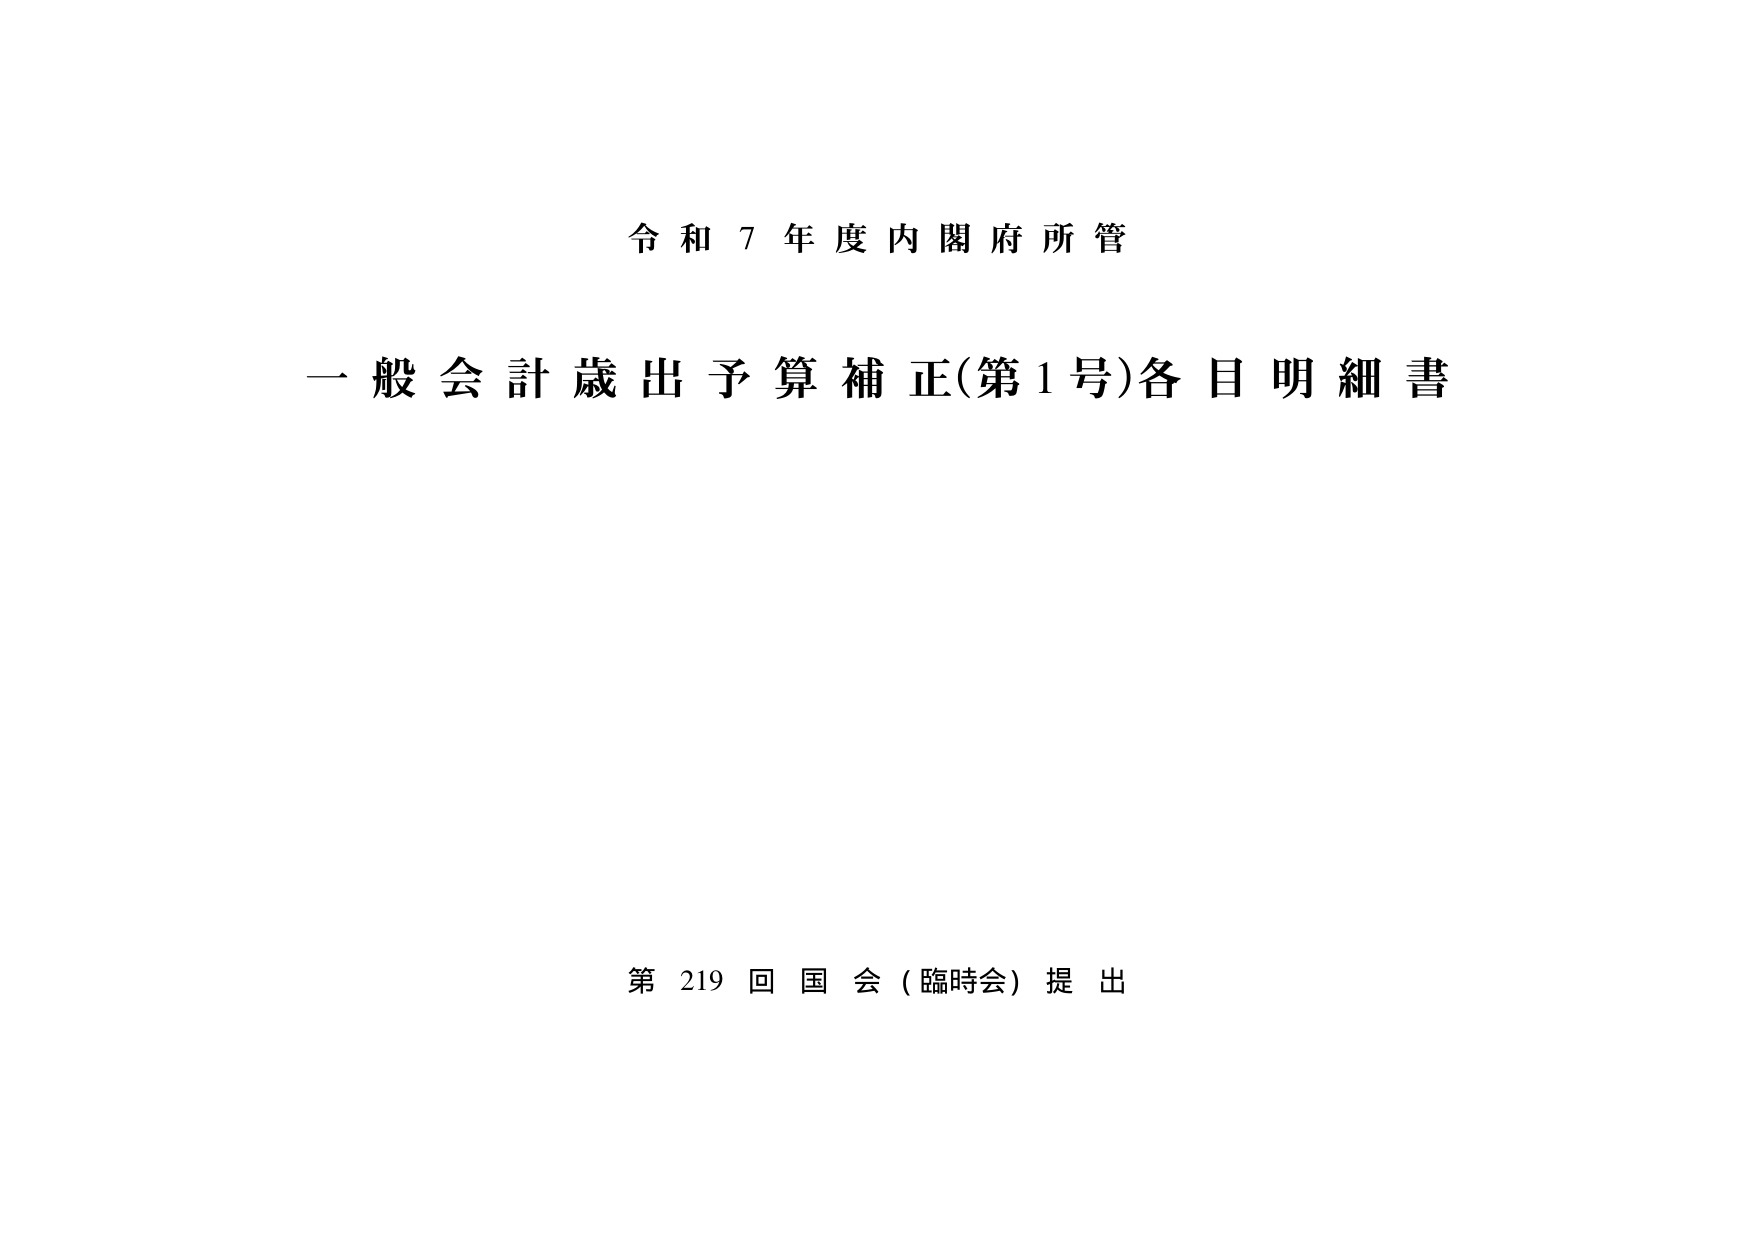
令和７年度内閣府所管
一般会計歳出予算補正(第1号)各目明細書
第219回国会（臨時会）提出